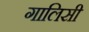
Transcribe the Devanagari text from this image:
गालिसी